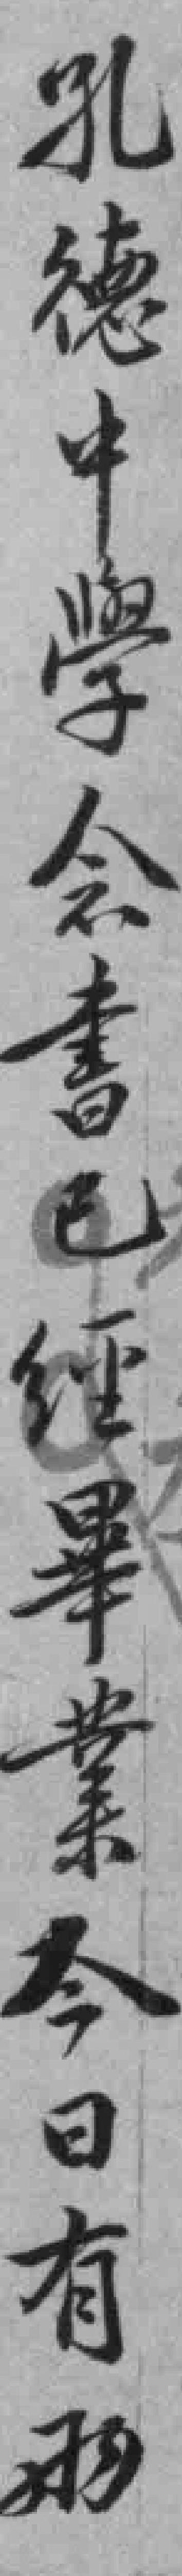
孔德中學念書畢業今日有兩